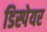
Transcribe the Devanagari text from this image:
डिस्पेयर